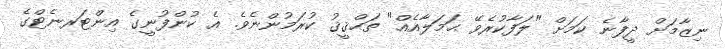
ނިޒާމަށް ދީފާނެ ކަމަށް "ލަފާކުރެވޭ ޙަމަލާއެއް" ތަޙްޤީޤު ކުރަމުންނެވެ. އެ ކުންފުނީގެ އިންޓަރނެޓްގެ